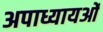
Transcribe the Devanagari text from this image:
अपाध्यायओं